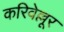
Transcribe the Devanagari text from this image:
करिवेल्लूर